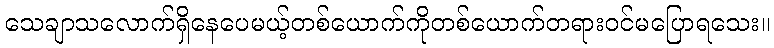
သေချာသလောက်ရှိနေပေမယ့်တစ်ယောက်ကိုတစ်ယောက်တရားဝင်မပြောရသေး။